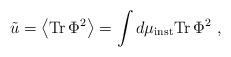
LaTeX: \begin{align*}\tilde{u}=\left<{\rm Tr}\,\Phi^2\right>= \int d\mu_{\rm inst}{\rm Tr}\,\Phi^2 \ ,\end{align*}